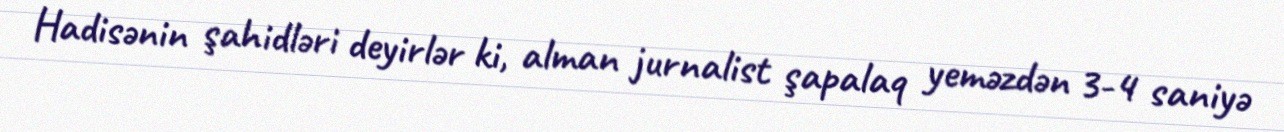
Hadisənin şahidləri deyirlər ki, alman jurnalist şapalaq yeməzdən 3-4 saniyə